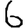
Digit: 6